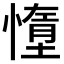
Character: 𫻃